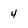
Character: 4